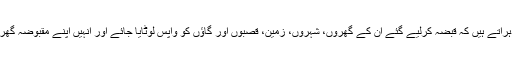
اِس دن کی مناسبت سے فلسطینی اپنے اِس مطالبے کو دہراتے ہیں کہ قبضہ کرلیے گئے اُن کے گھروں، شہروں، زمین، قصبوں اور گاؤں کو واپس لوٹایا جائے اور اُنہیں اپنے مقبوضہ گھروں، شہروں، محلوں اور گاؤں میں واپس آنے دیا جائے۔